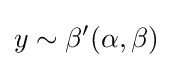
y\sim \beta '(\alpha ,\beta )